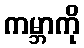
ကမ္ဘာကို